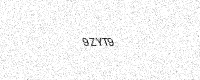
Text: 9ZYT9